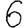
Digit: 6